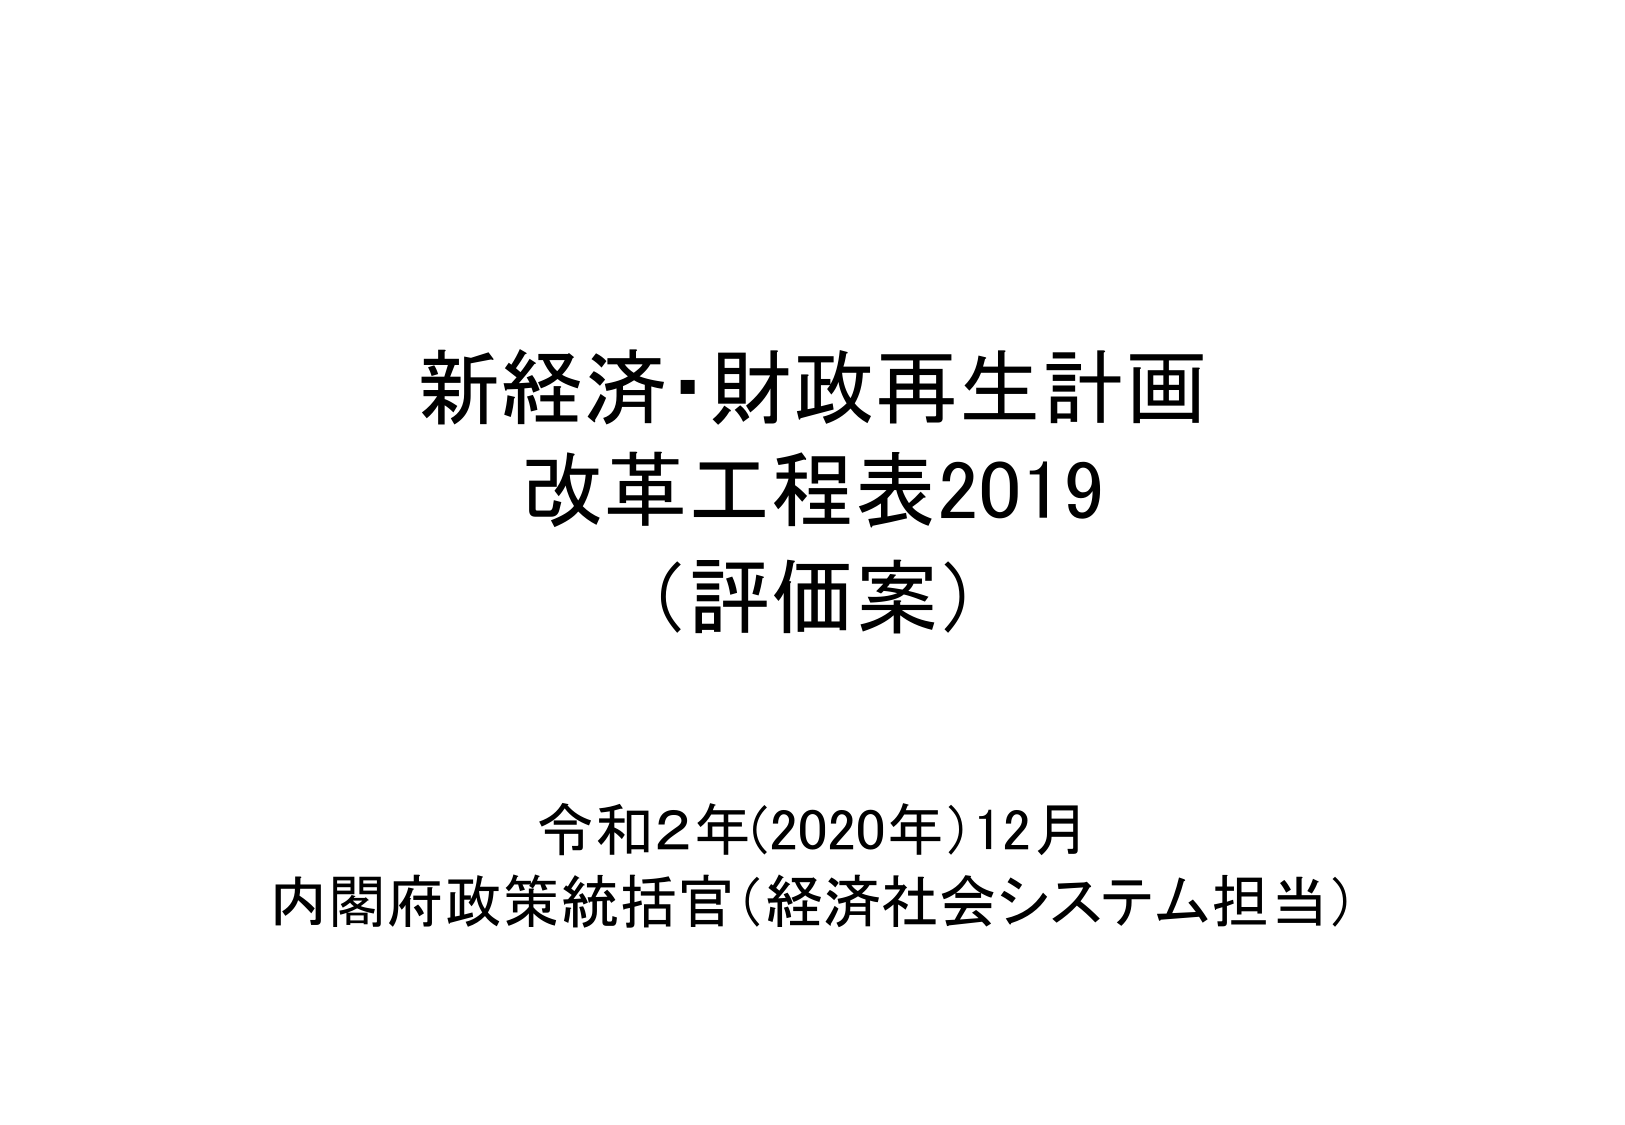
新経済・財政再生計画
改革工程表2019
（評価案）

令和2年(2020年)12月
内閣府政策統括官（経済社会システム担当）